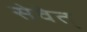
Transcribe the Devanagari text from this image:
सेवेत्